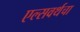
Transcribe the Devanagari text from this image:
एल्सवर्थचा